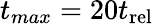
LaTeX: t_{max}=20t_{\mathrm{rel}}